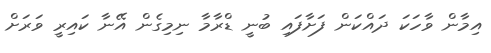
އިމާން ވާހަކަ ދައްކަން ފަށާފައި ބުނީ ޑްރާމާ ނިމިގެން އޭނާ ކައިރީ ވަރަށް